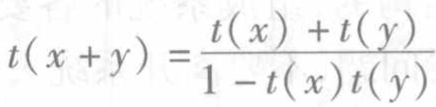
\[t(x + y)=\frac{t(x)+t(y)}{1 - t(x)t(y)}\]